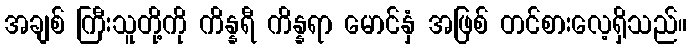
အချစ် ကြီးသူတို့ကို ကိန္နရီ ကိန္နရာ မောင်နှံ အဖြစ် တင်စားလေ့ရှိသည်။